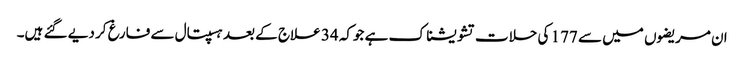
ان مریضوں میں سے 177 کی حلات تشویشناک ہے جوکہ 34 علاج کے بعد ہسپتال سے فارغ کر دیے گئے ہیں۔